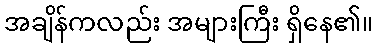
အချိန်ကလည်း အများကြီး ရှိနေ၏။